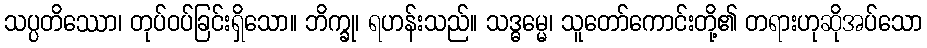
သပ္ပတိဿော၊ တုပ်ဝပ်ခြင်းရှိသော။ ဘိက္ခု၊ ရဟန်းသည်။ သဒ္ဓမ္မေ၊ သူတော်ကောင်းတို့၏ တရားဟုဆိုအပ်သော